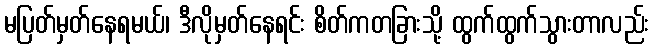
မပြတ်မှတ်နေရမယ်၊ ဒီလိုမှတ်နေရင်း စိတ်ကတခြားသို့ ထွက်ထွက်သွားတာလည်း